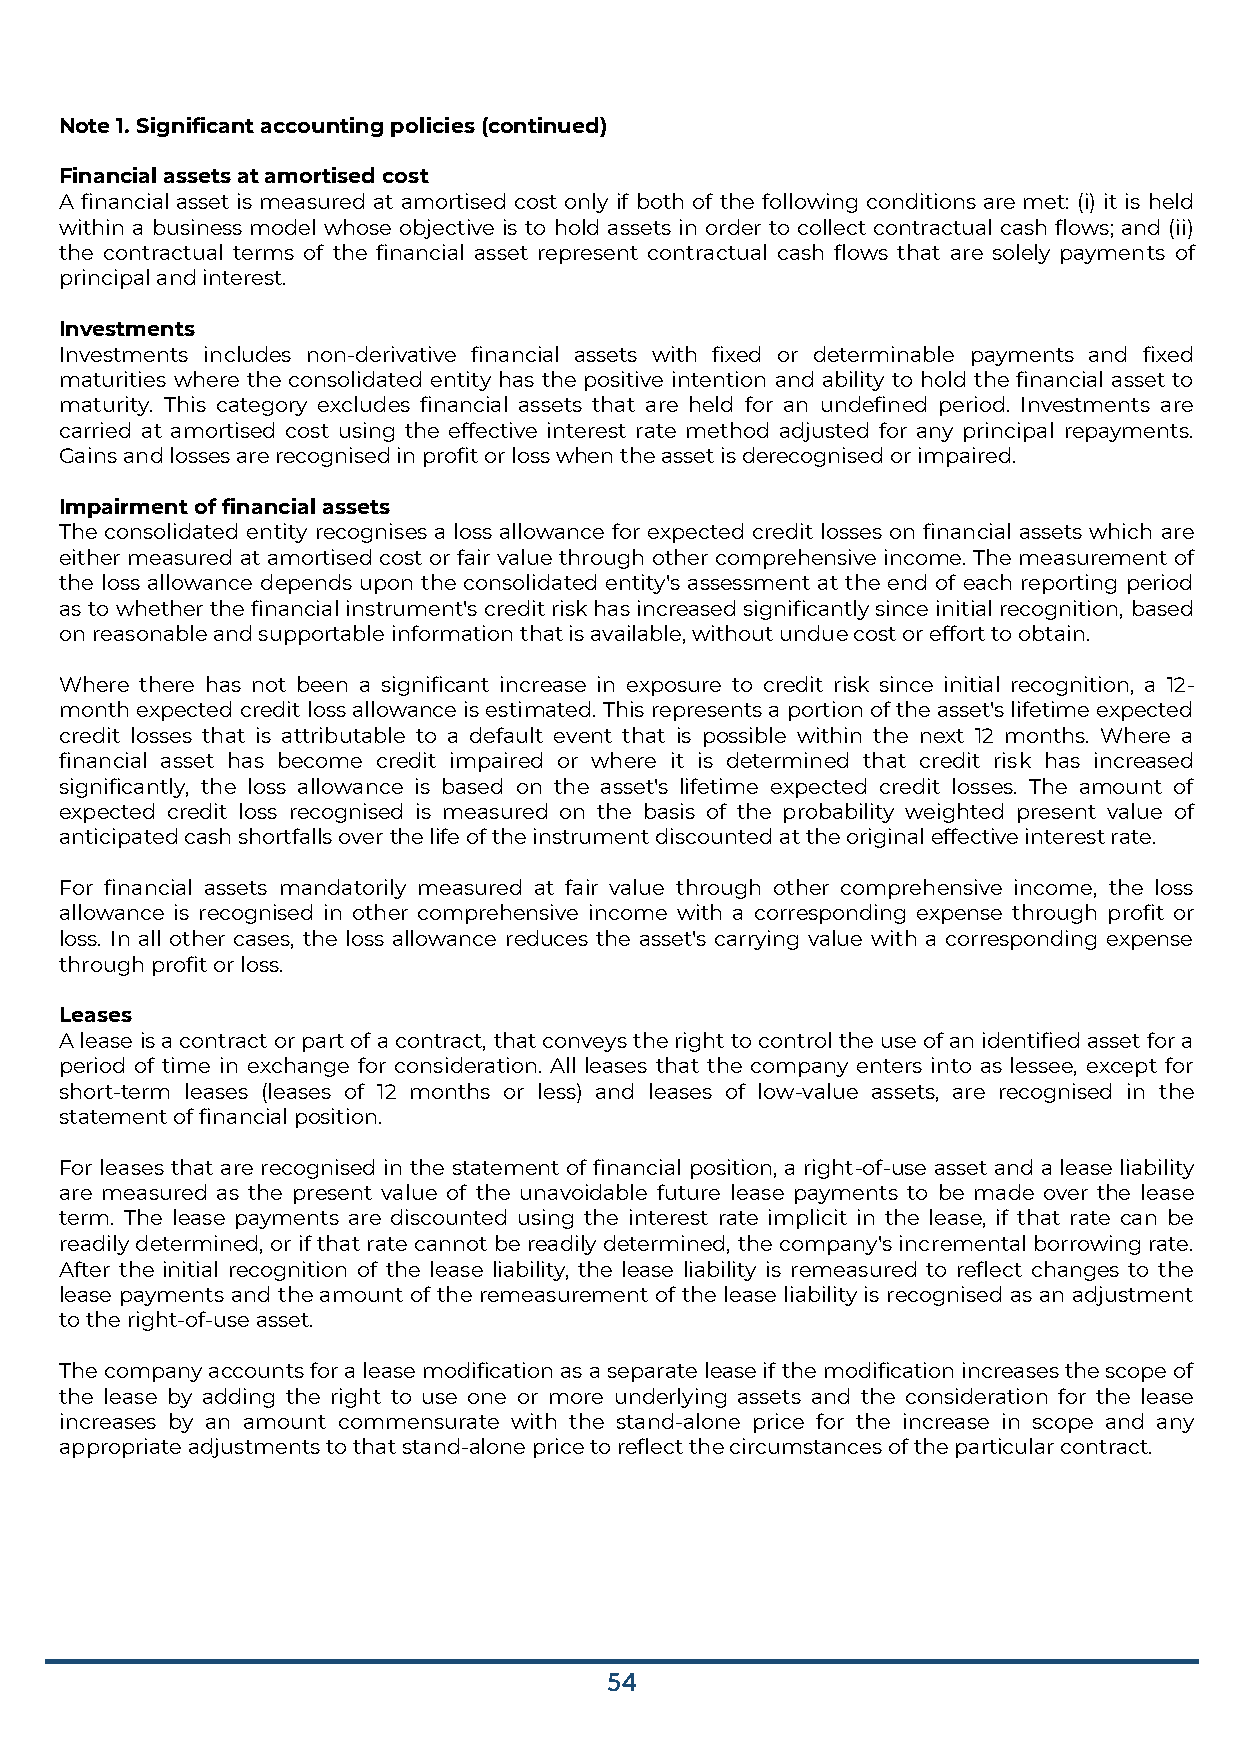
Note 1. Significant accounting policies (continued)
 Financial assets at amortised cost
 A financial asset is measured at amortised cost only if both of the following conditions are met: (i) it is held
 within a business model whose objective is to hold assets in order to collect contractual cash flows; and (ii)
 the contractual terms of the financial asset represent contractual cash flows that are solely payments of
 principal and interest.
 Investments
 Investments includes non-derivative financial assets with fixed or determinable payments and fixed
 maturities where the consolidated entity has the positive intention and ability to hold the financial asset to
 maturity. This category excludes financial assets that are held for an undefined period. Investments are
 carried at amortised cost using the effective interest rate method adjusted for any principal repayments.
 Gains and losses are recognised in profit or loss when the asset is derecognised or impaired.
 Impairment of financial assets
 The consolidated entity recognises a loss allowance for expected credit losses on financial assets which are
 either measured at amortised cost or fair value through other comprehensive income. The measurement of
 the loss allowance depends upon the consolidated entity's assessment at the end of each reporting period
 as to whether the financial instrument's credit risk has increased significantly since initial recognition, based
 on reasonable and supportable information that is available, without undue cost or effort to obtain.
 Where there has not been a significant increase in exposure to credit risk since initial recognition, a 12-
 month expected credit loss allowance is estimated. This represents a portion of the asset's lifetime expected
 credit losses that is attributable to a default event that is possible within the next 12 months. Where a
 financial asset has become credit impaired or where it is determined that credit risk has increased
 significantly, the loss allowance is based on the asset's lifetime expected credit losses. The amount of
 expected credit loss recognised is measured on the basis of the probability weighted present value of
 anticipated cash shortfalls over the life of the instrument discounted at the original effective interest rate.
 For financial assets mandatorily measured at fair value through other comprehensive income, the loss
 allowance is recognised in other comprehensive income with a corresponding expense through profit or
 loss. In all other cases, the loss allowance reduces the asset's carrying value with a corresponding expense
 through profit or loss.
 Leases
 A lease is a contract or part of a contract, that conveys the right to control the use of an identified asset for a
 period of time in exchange for consideration. All leases that the company enters into as lessee, except for
 short-term leases (leases of 12 months or less) and leases of low-value assets, are recognised in the
 statement of financial position.
 For leases that are recognised in the statement of financial position, a right-of-use asset and a lease liability
 are measured as the present value of the unavoidable future lease payments to be made over the lease
 term. The lease payments are discounted using the interest rate implicit in the lease, if that rate can be
 readily determined, or if that rate cannot be readily determined, the company's incremental borrowing rate.
 After the initial recognition of the lease liability, the lease liability is remeasured to reflect changes to the
 lease payments and the amount of the remeasurement of the lease liability is recognised as an adjustment
 to the right-of-use asset.
 The company accounts for a lease modification as a separate lease if the modification increases the scope of
 the lease by adding the right to use one or more underlying assets and the consideration for the lease
 increases by an amount commensurate with the stand-alone price for the increase in scope and any
 appropriate adjustments to that stand-alone price to reflect the circumstances of the particular contract.
 54